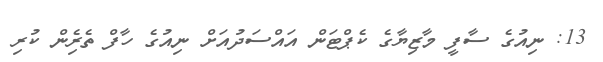
13: ނިއުގެ ސާފީ މާޒިޔާގެ ކެޕްޓަން އައްސަދުއަށް ނިއުގެ ހާފް ތެރެިން ކުރި